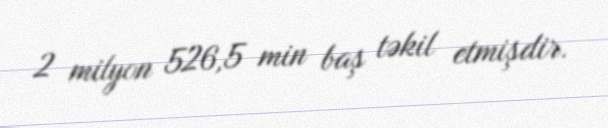
2 milyon 526,5 min baş təkil etmişdir.